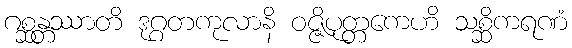
ဂစ္ဆန္တဿာတိ ဒုဂ္ဂတကုလာနိ ဝဇ္ဇိပုတ္တကေဟိ သစ္ဆိကရဏံ